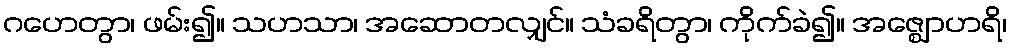
ဂဟေတွာ၊ ဖမ်း၍။ သဟသာ၊ အဆောတလျှင်။ သံခရိတွာ၊ ကိုက်ခဲ၍။ အဇ္ဈောဟရိ၊